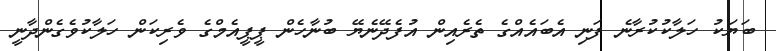
ބަޔަކު ހަލާކުކުރާނެ ފަނި އެބައެއްގެ ތެރެއިން އުފެދޭނެޔޭ ބުނާހެން ޕީޕީއެމްގެ ވެރިކަން ހަލާކުވެގެންދާނީ